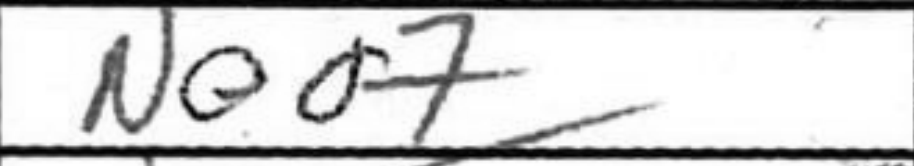
Transcription: Nea7